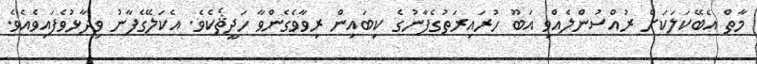
މާތް އެބޭކަލަކަށް ރުއްސުންލެއްވި އަބޫ ހުރައިރަތުގެފާނުގެ ކިބައިން ރިވާވެގެންވާ ހަދީޘެކެވެ. އެކަލޭގެފާނު ވިދާޅުވެފައިވެއެވެ.